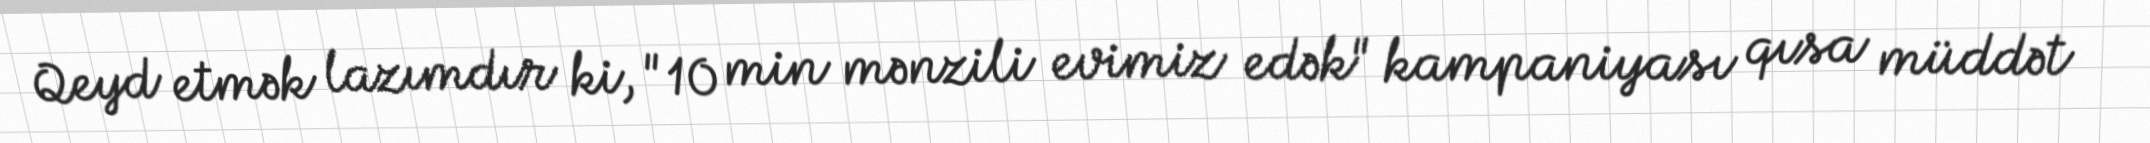
Qeyd etmək lazımdır ki, "10 min mənzili evimiz edək" kampaniyası qısa müddət